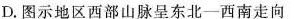
D.图示地区西部山脉呈东北-西南走向